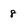
Character: 8